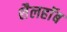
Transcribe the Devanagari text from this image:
शैलहाॅब